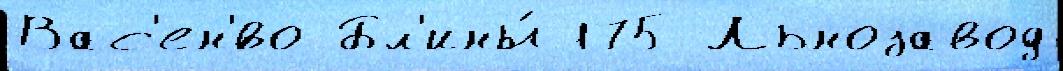
Вас'ен'́во Бл'ины́ 175 Льнозавод